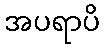
အပရာပိ